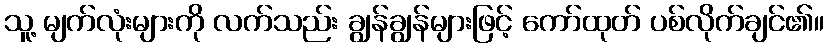
သူ့ မျက်လုံးများကို လက်သည်း ချွန်ချွန်များဖြင့် ကော်ထုတ် ပစ်လိုက်ချင်၏။